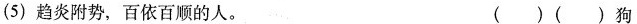
(5)趋炎附势，百依百顺的人。 ( )( )狗